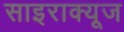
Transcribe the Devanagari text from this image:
साइराक्यूज